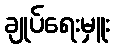
ချုပ်ရေးမှူး